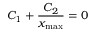
C _ { 1 } + \frac { C _ { 2 } } { x _ { \mathrm { m a x } } } = 0